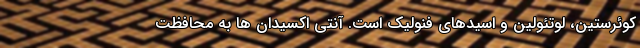
کوئرستین، لوتئولین و اسیدهای فنولیک است. آنتی اکسیدان ها به محافظت